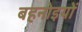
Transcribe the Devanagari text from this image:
बहनोइयों